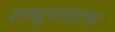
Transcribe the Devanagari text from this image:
राष्ट्रसंतांचं